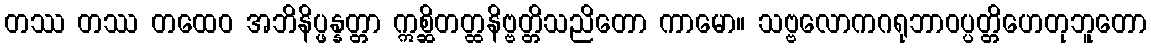
တဿ တဿ တထေဝ အဘိနိပ္ဖန္နတ္တာ ဣစ္ဆိတတ္ထနိဗ္ဗတ္တိသညိတော ကာမော။ သဗ္ဗလောကဂရုဘာဝပ္ပတ္တိဟေတုဘူတော